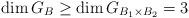
LaTeX: \begin{align*}\dim G_B \geq \dim G_{B_1\times B_2} = 3\end{align*}